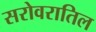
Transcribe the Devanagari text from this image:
सरोवरातिल